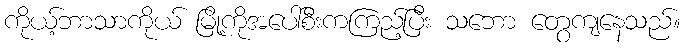
ကိုယ့်ဘာသာကိုယ် မြို့ကိုအပေါ်စီးကကြည့်ပြီး သဘော တွေကျနေသည်။